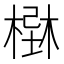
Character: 𣗢